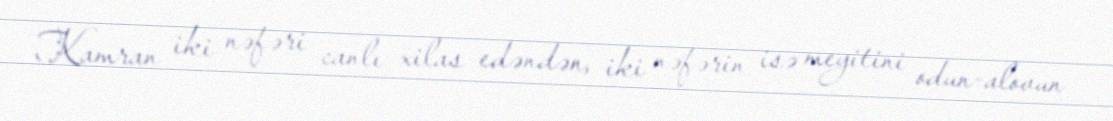
Kamran iki nəfəri canlı xilas edəndən, iki nəfərin isə meyitini odun-alovun